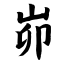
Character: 峁